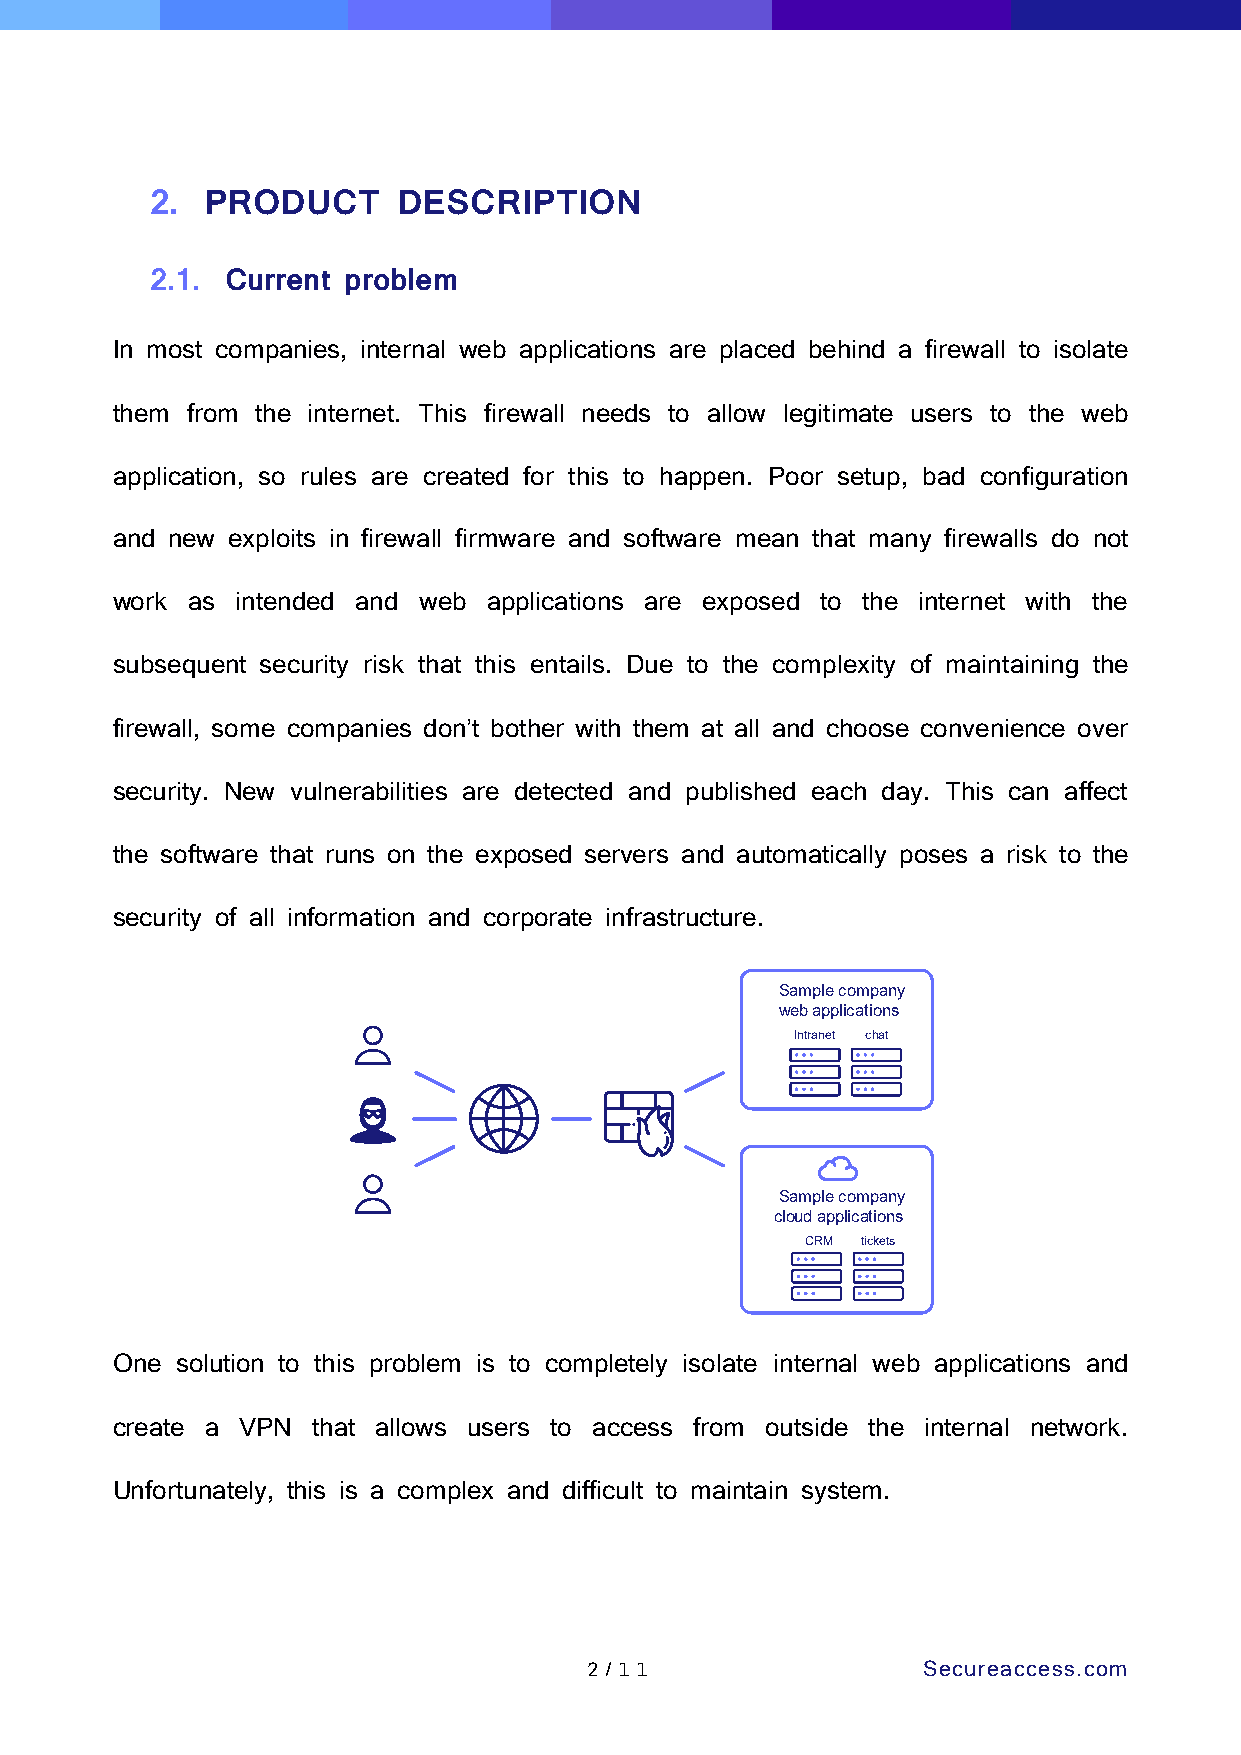
2.  PRODUCT     DESCRIPTION
 2.1. Current problem
 In most companies, internal web applications are placed behind a firewall to isolate
 them from the internet. This firewall needs to allow legitimate users to the web
 application, so rules are created for this to happen. Poor setup, bad configuration
 and new exploits in firewall firmware and software mean that many firewalls do not
 work as  intended and web applications are exposed to the internet with the
 subsequent security risk that this entails. Due to the complexity of maintaining the
 firewall, some companies don’t bother with them at all and choose convenience over
 security. New vulnerabilities are detected and published each day. This can affect
 the software that runs on the exposed servers and automatically poses a risk to the
 security of all information and corporate infrastructure.
 One  solution to this problem is to completely isolate internal web applications and
 create a VPN  that allows users to access from outside the internal network.
 Unfortunately, this is a complex and difficult to maintain system.
 2 /1 1                Secureaccess.com